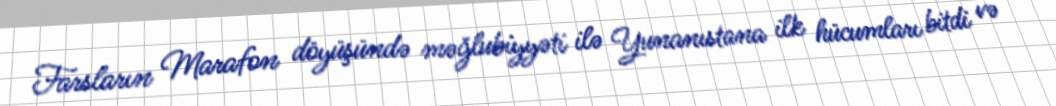
Farsların Marafon döyüşündə məğlubiyyəti ilə Yunanıstana ilk hücumları bitdi və